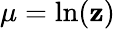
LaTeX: \mu=\ln(\mathbf{z})